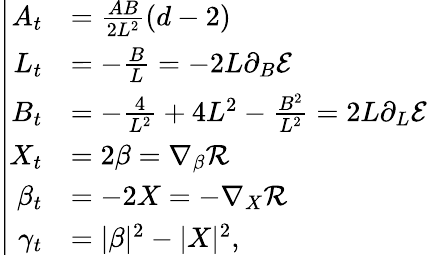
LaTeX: \left|\begin{array}{rl}{A_{t}}&{=\frac{AB}{2L^{2}}(d-2)}\\ {L_{t}}&{=-\frac{B}{L}=-2L\partial_{B}\mathcal{E}}\\ {B_{t}}&{=-\frac{4}{L^{2}}+4L^{2}-\frac{B^{2}}{L^{2}}=2L\partial_{L}\mathcal{E}}\\ {X_{t}}&{=2\beta=\nabla_{\beta}\mathcal{R}}\\ {\beta_{t}}&{=-2X=-\nabla_{X}\mathcal{R}}\\ {\gamma_{t}}&{=|\beta|^{2}-|X|^{2},}\end{array}\right.